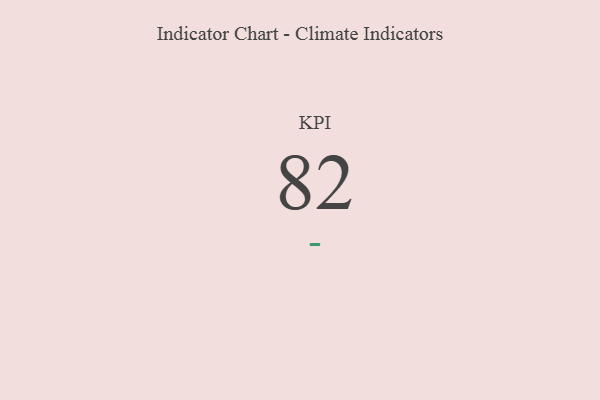
{"axis": {"x": "KPI", "y": "Value"}, "legend": [""], "data": [{"x": "KPI", "y": 82, "type": ""}]}